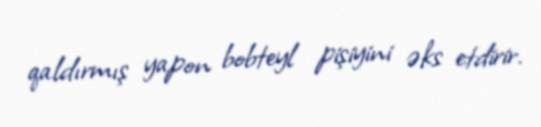
qaldırmış yapon bobteyl pişiyini əks etdirir.